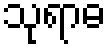
သုရာဓ